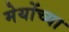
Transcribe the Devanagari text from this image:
मेयोंच्या